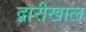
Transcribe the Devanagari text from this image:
द्वारीखाल